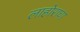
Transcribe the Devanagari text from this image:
लाहोराचा